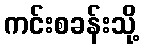
ကင်းစခန်းသို့